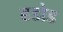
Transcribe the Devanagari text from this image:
ढडोड